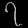
Digit: ၇